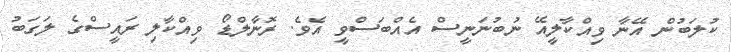
ކުލަބުން އޭނާ ވިއްކާލީއޭ ނުބުނަނީސް އެއްބަސްވީ އެވެ. ރޮނާލްޑޯ ވިއްކާލި ރައީސްގެ ލަގަބު